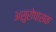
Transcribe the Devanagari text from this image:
असुरोपासक